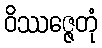
ဝိဿဇ္ဇေတုံ